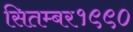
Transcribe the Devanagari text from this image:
सितम्बर१९९०